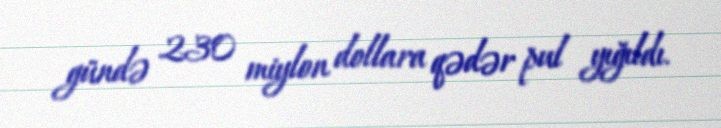
gündə 230 miylon dollara qədər pul yığıldı.